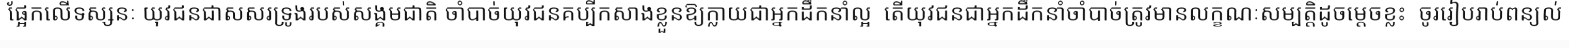
ផ្អែកលើទស្សនៈ យុវជនជាសសរទ្រូងរបស់សង្គមជាតិ ចាំបាច់យុវជនគប្បីកសាងខ្លួនឱ្យក្លាយជាអ្នកដឹកនាំល្អ  តើយុវជនជាអ្នកដឹកនាំចាំបាច់ត្រូវមានលក្ខណៈសម្បត្តិដូចម្តេចខ្លះ  ចូររៀបរាប់ពន្យល់